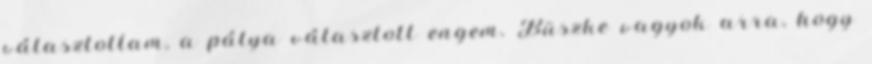
választottam, a pálya választott engem. Büszke vagyok arra, hogy